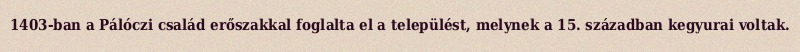
1403-ban a Pálóczi család erőszakkal foglalta el a települést, melynek a 15. században kegyurai voltak.